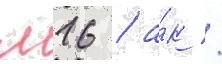
м16 / а́к /